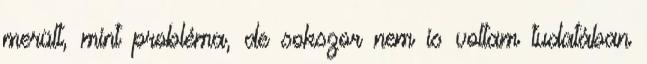
merült, mint probléma, de sokszor nem is voltam tudatában